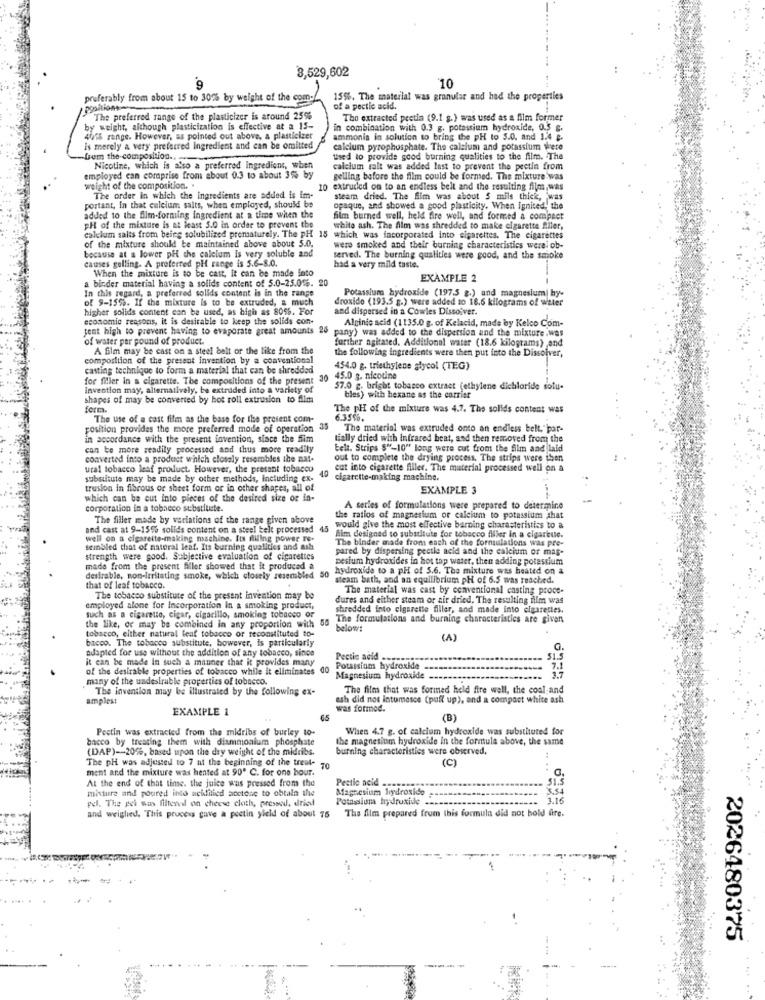
3,529,602
10
preferably from about 15 to 30% by weight of the com
15%. The material was granular and had the properties
of a pectic acid.
The preferred range of the plasticizer is around 25%
Tho extracted pectin (9.1 g.) was used as a film former
by weight, although plasticization is effective at a 15-
in combination with 0.3 g. potassium hydroxide, 0.5 g.
401% range. However, as pointed out above, a plasticizer
ammonia in solution to bring the pH to 5.0. and 1.4 g.
Is merely a very preferred ingredient and can be omitted
calcium pyrophosphate. The calcium and potassium were
-from the composition ...
used to provide good burning qualities to the film. The
Nicotine, which is also a preferred Ingredient, when
calcium salt was added last to prevent the pectin from
employed can coraprise from about 0.3 to about 3% by
gelling before the film could be formed. The mixture was
weight of the composition. .
10 extruded on to an endless belt and the resulting films,was
The order in which the ingredients are added is im-
steam dried. The film was about 5 mils thick, was
portant, in that calcium salts, when employed, should be
opaque, and showed a good plasticity. When ignited, the
added to the film-forming ingredient at a time when the
film burned well, held fire well, and formed a compact
PH of the mixture is at least 5.0 in order to prevent the
white ash. The film was shredded to make cigarette Aller,
calcium salts from being solubilized prematurely. The PH 15
of the mixture should be maintained above about 5.0,
which was incorporated into cigarettes. The cigarettes
were smoked and their burning characteristics were ob-
because at a lower pH the calcium Is very soluble and
causes gelling. A preferred pH range is 5.6-8.0.
served. The burning qualities were good, and the smoke
When the mixture is to be cast, it can be made into
had a very mild taste.
a birder material having a solids content of 5.0-25.06. 20
EXAMPLE 2
In this regard, a preferred sollds content is in the range
Potassium hydroxide (197.5 g.) and magnesium hy-
of 9-155%. If the mixture is to be extruded, a much
droxido (193.5 g.) were added to 18.6 kilograms of water
higher solids content can be used, as high as 8056. For
and dispersed in a Cowles Dissolver.
economic reasons, it is desirable to keep the solids con-
Alpinic acid (1135.0 g. of Kelacid, made by Kelco Com-
tent high to prevent having to evaporate great amounts 26
pany) was added to the dispersion and the mixture .wes
of water per pound of product.
A film may be cast on a steel belt or the like from the
further agitated. Additional water (18.6 kilograms) and
the following ingredients were then put into the Dissolver,
composition of the present invention by a conventional
casting technique to form a material that can be shredded
454.0 g. triethylene glycol (TEG)
for filler in a cigarette. The compositions of the present
30
45.0 g. nicotine
Invention may, alternatively, be extruded into a variety of
57.0 g. bright tobacco extract (ethylene dichloride solu-
shapes of may be converted by hot roll extrusion to film
bles) with hexane as the carrier
form.
The pH of the mixture was 4.7. The solids content was
The use of a cast film as the base for the present com-
6.3596.
position provides the more preferred mode of operation
35
The material was extruded onto an endless belt."par-
in accordance with the present invention, siace the film
tially dried with Infrared heat, and then removed from the
can be more readily processed and thus more readily
Eelt. Strips $"-10" long were cut from the film and laid
converted into a product which closely resembles the mat-
omplete the drying process. The strips were then
utal tobacco leaf product. However, the present tobacco
40
cut into cigarette filler. The material processed well on a
substitute may be made by other methods, Including ex-
cigarette-making machine.
trusion in fibrous or sheet form or in other shapes, all of
EXAMPLE 3
which can be cut into pieces of the desired size or in-
corporation in a tobacco substlute.
A series of formulations were prepared to determine
The filler made by variations of the range given above
the ratios of magnesium or calcium to potassium shat
and cast at 9-15% solids content on a steel telt processed
45
would give the most effective barning characteristics to a
well on a cigarette-making machine. Its filing power To.
film designed to substitute for tobacco filler in a cigareuse.
The binder made from each of the formulations was pre-
seinbled that of natural leaf. Its burning qualities and ash
pared by dispersing pectle acid and the calcium of mas-
strength were good. Subjective evaluation of cigarettes
pesium hydroxides in hot tap water, then adding potassium
made from the present filler showed that it produced &
hydroxide to a pH of 5.6. The mixture was heated on a
desirable, non-irritating smoke, which closely resembled 50
steam bath, and an equilibrium pH of 6.5 was reached.
that of leaf tobacco.
The material was cast by conventional casting proce-
The tobacco substitute of the present invention may be
dures and either steam or air dried. The resulting film was
employed alone for Incorporation In a smoking product,
shredded into cigarette filler, and made into cigarettes.
such as a cigarette, cigar, cigarillo, smoking tobacco or
The formulations and burning characteristics are given
the like, or may be combined in any proportion with
tobacco, either natural leaf tobacco or reconstituted to-
below:
bacco. The tobacco substitute, however, is particularly
(A)
adapted for use without the addition of any tobacco, sinos
G.
it can be made in such a manner that it provides many
Pectic acid.
of the desirable properties of tobacco while it eliminates 00
Potassium hydroxide
7.1
many of the undesirable properties of tobacco.
Magnesium hydroxide
The invention may be illustrated by the following ex-
The film that was formed held fire well, the cool and
amples:
ash did not intumesce (pull up), and a compact white ash
EXAMPLE 1
was formed.
65
(B)
Pectin was extracted from the midribs of burley to-
When 4.7 g. of calcium hydroxide was substituted for
bacco by treating them with diammonium phosphate
the magnesium hydroxide In the formula above, the same
(DAP)-20%, based upon the day weight of the midribs.
burning characteristics were observed.
The pH was adjusted to 7 at the beginning of the treat-
(C)
ment and the mixture was hented at 90' C. for one hour.
At the end of that time. the juice was pressed from the
Pectic acid -
51.5
mixture and poured into acililied acetone to obtala the
Magnesium hydroxide
pel. The pei was filtered on cheese cloth, pressodl, dried
Potassium hydroxide .
1.16
and weighed. This process gave a poetin yield of about 75 The film prepared from this formula did not bold fire.
2026480375
---
.... ..